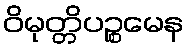
ဝိမုတ္တိပဉ္စမေန